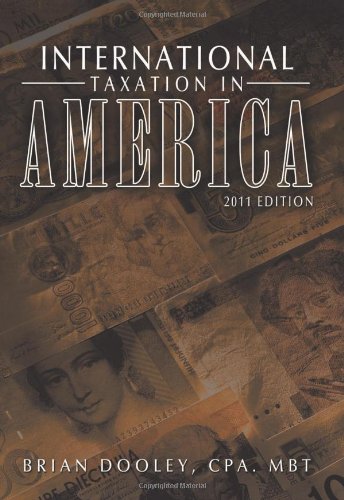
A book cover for International Taxation in America: 2011 Edition; Brian Dooley; Law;